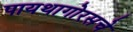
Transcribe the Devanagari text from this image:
पायथागोरसचे